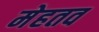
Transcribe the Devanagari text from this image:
मेहतव